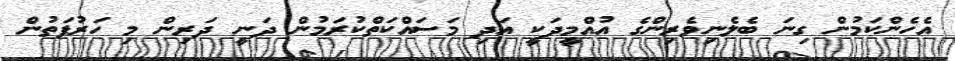
އެހެންކަމުން ގިނަ ބެލެނިވެރިންގެ އުއްމީދަކީ އަދި މަސައްކަތްކުރަމުން ދަނީ ދަރިން މި ހަރުފަތުން